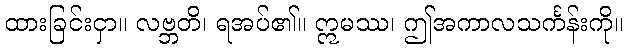
ထားခြင်းငှာ။ လဗ္ဘတိ၊ ရအပ်၏။ ဣမဿ၊ ဤအကာလသင်္ကန်းကို။